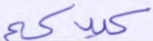
كيدكم